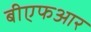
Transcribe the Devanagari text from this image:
बीएफआर